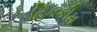
હિકકીમ